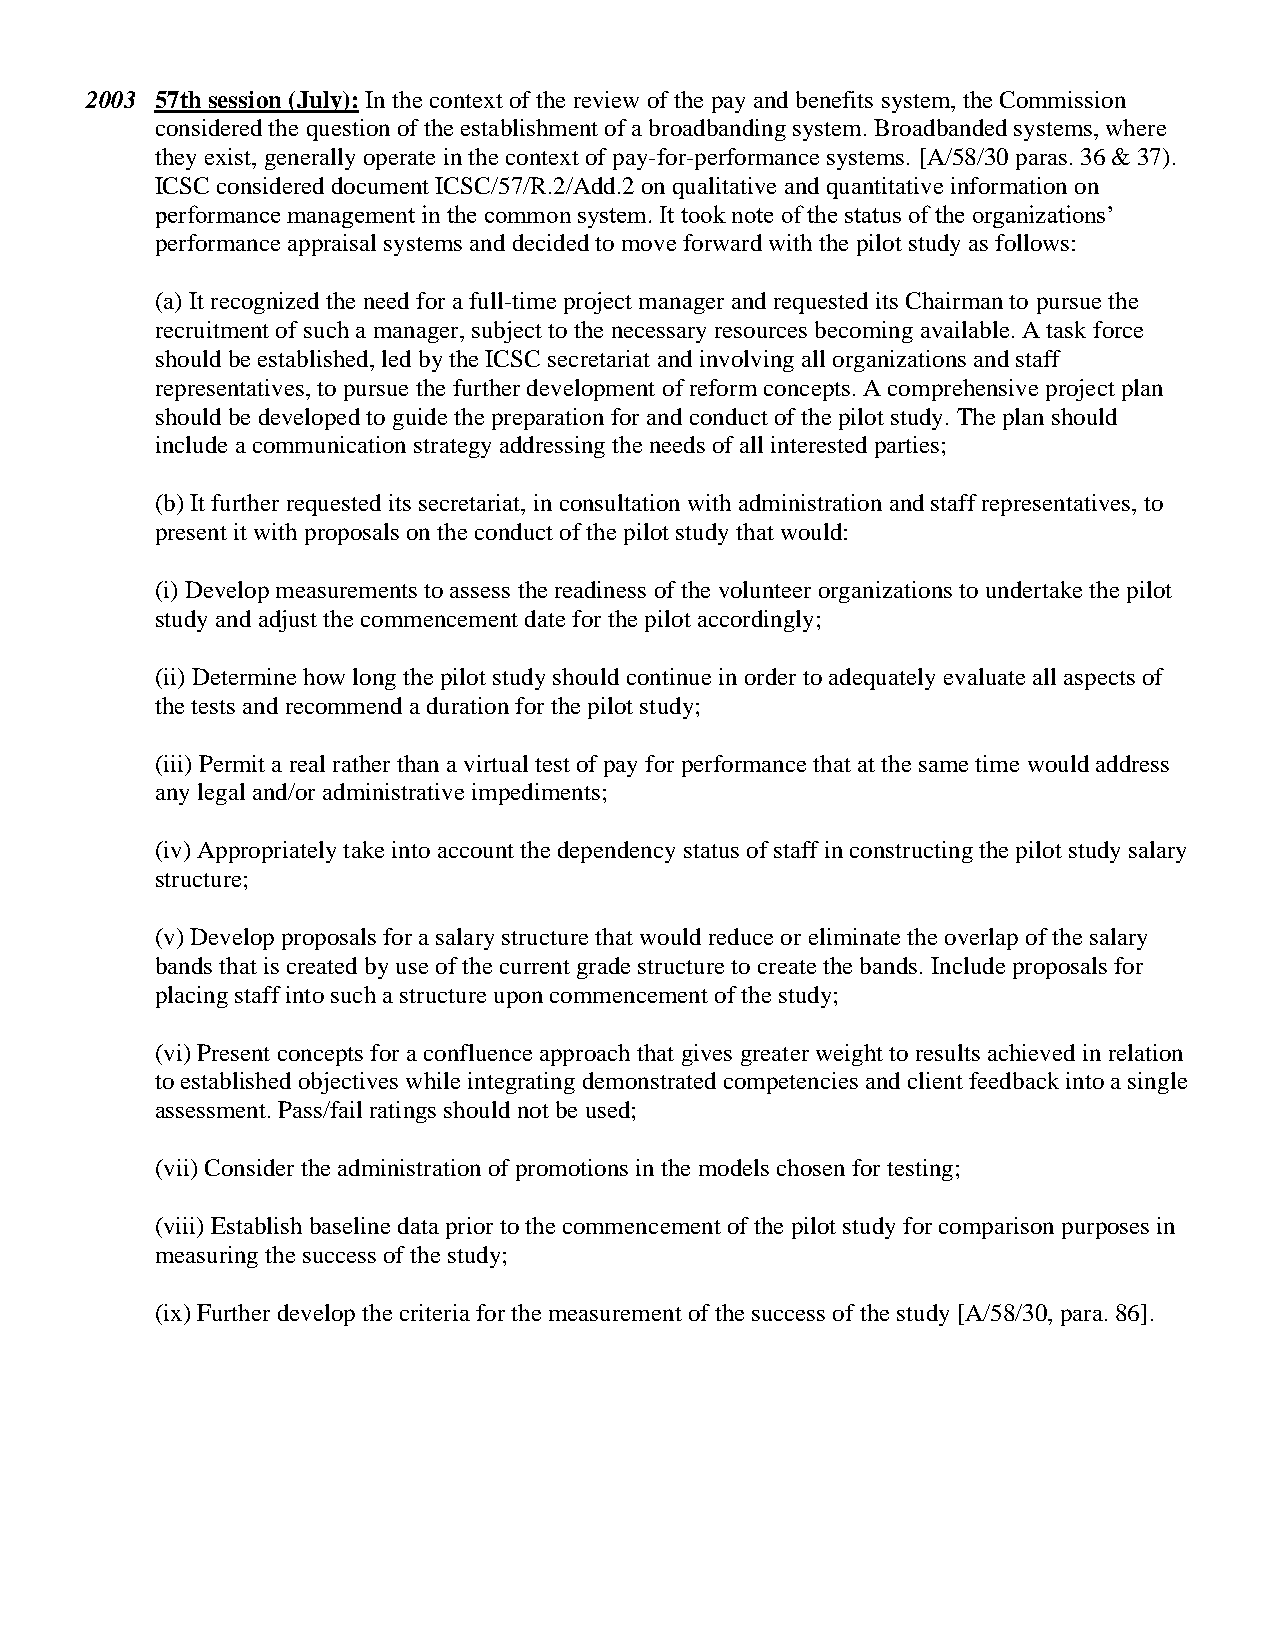
2003 57th session (July): In the context of the review of the pay and benefits system, the Commission
 considered the question of the establishment of a broadbanding system. Broadbanded systems, where
 they exist, generally operate in the context of pay-for-performance systems. [A/58/30 paras. 36 & 37).
 ICSC considered document ICSC/57/R.2/Add.2 on qualitative and quantitative information on
 performance management in the common system. It took note of the status of the organizations’
 performance appraisal systems and decided to move forward with the pilot study as follows:
 (a) It recognized the need for a full-time project manager and requested its Chairman to pursue the
 recruitment of such a manager, subject to the necessary resources becoming available. A task force
 should be established, led by the ICSC secretariat and involving all organizations and staff
 representatives, to pursue the further development of reform concepts. A comprehensive project plan
 should be developed to guide the preparation for and conduct of the pilot study. The plan should
 include a communication strategy addressing the needs of all interested parties;
 (b) It further requested its secretariat, in consultation with administration and staff representatives, to
 present it with proposals on the conduct of the pilot study that would:
 (i) Develop measurements to assess the readiness of the volunteer organizations to undertake the pilot
 study and adjust the commencement date for the pilot accordingly;
 (ii) Determine how long the pilot study should continue in order to adequately evaluate all aspects of
 the tests and recommend a duration for the pilot study;
 (iii) Permit a real rather than a virtual test of pay for performance that at the same time would address
 any legal and/or administrative impediments;
 (iv) Appropriately take into account the dependency status of staff in constructing the pilot study salary
 structure;
 (v) Develop proposals for a salary structure that would reduce or eliminate the overlap of the salary
 bands that is created by use of the current grade structure to create the bands. Include proposals for
 placing staff into such a structure upon commencement of the study;
 (vi) Present concepts for a confluence approach that gives greater weight to results achieved in relation
 to established objectives while integrating demonstrated competencies and client feedback into a single
 assessment. Pass/fail ratings should not be used;
 (vii) Consider the administration of promotions in the models chosen for testing;
 (viii) Establish baseline data prior to the commencement of the pilot study for comparison purposes in
 measuring the success of the study;
 (ix) Further develop the criteria for the measurement of the success of the study [A/58/30, para. 86].